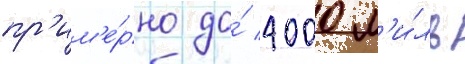
пр'им'е́рно до́ 4000 м'и́ль